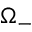
\Omega _ { - }